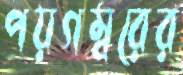
পয়গম্বরের